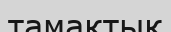
тамақтық